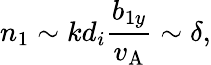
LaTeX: n_{1}\sim kd_{i}\frac{b_{1y}}{v_{\mathrm{A}}}\sim\delta,